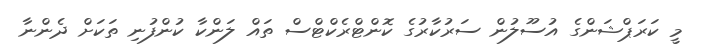
މީ ކަރަޕްޝަންގެ އުސޫލުން ސަރުކާރުގެ ކޮންޓްރެކްޓްސް ތައް ލަންކާ ކުންފުނި ތަކަށް ދެންނާ